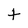
Character: t